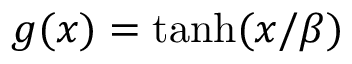
g ( x ) = \operatorname { t a n h } ( x / \beta )